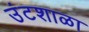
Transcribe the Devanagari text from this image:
उंटशाळा